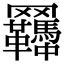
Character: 𦍊